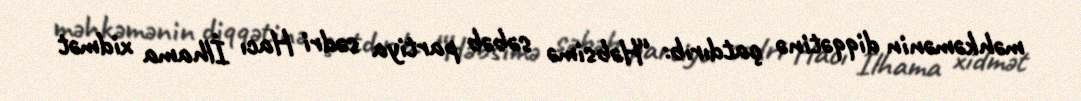
məhkəmənin diqqətinə çatdırıb: “Həbsimə səbəb partiya sədri Hacı İlhama xidmət